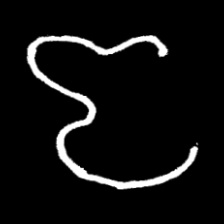
Pyu character \u2014 Myanmar letter: ဇ (romanized: ja)